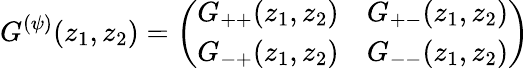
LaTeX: G^{(\psi)}(z_{1},z_{2})=\left(\begin{array}{ll}{{G_{++}(z_{1},z_{2})}}&{{G_{+-}(z_{1},z_{2})}}\\ {{G_{-+}(z_{1},z_{2})}}&{{G_{--}(z_{1},z_{2})}}\end{array}\right)